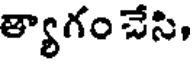
త్యాగం చేసి,